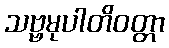
သဗ္ဗမုပါတိဝတ္တာ